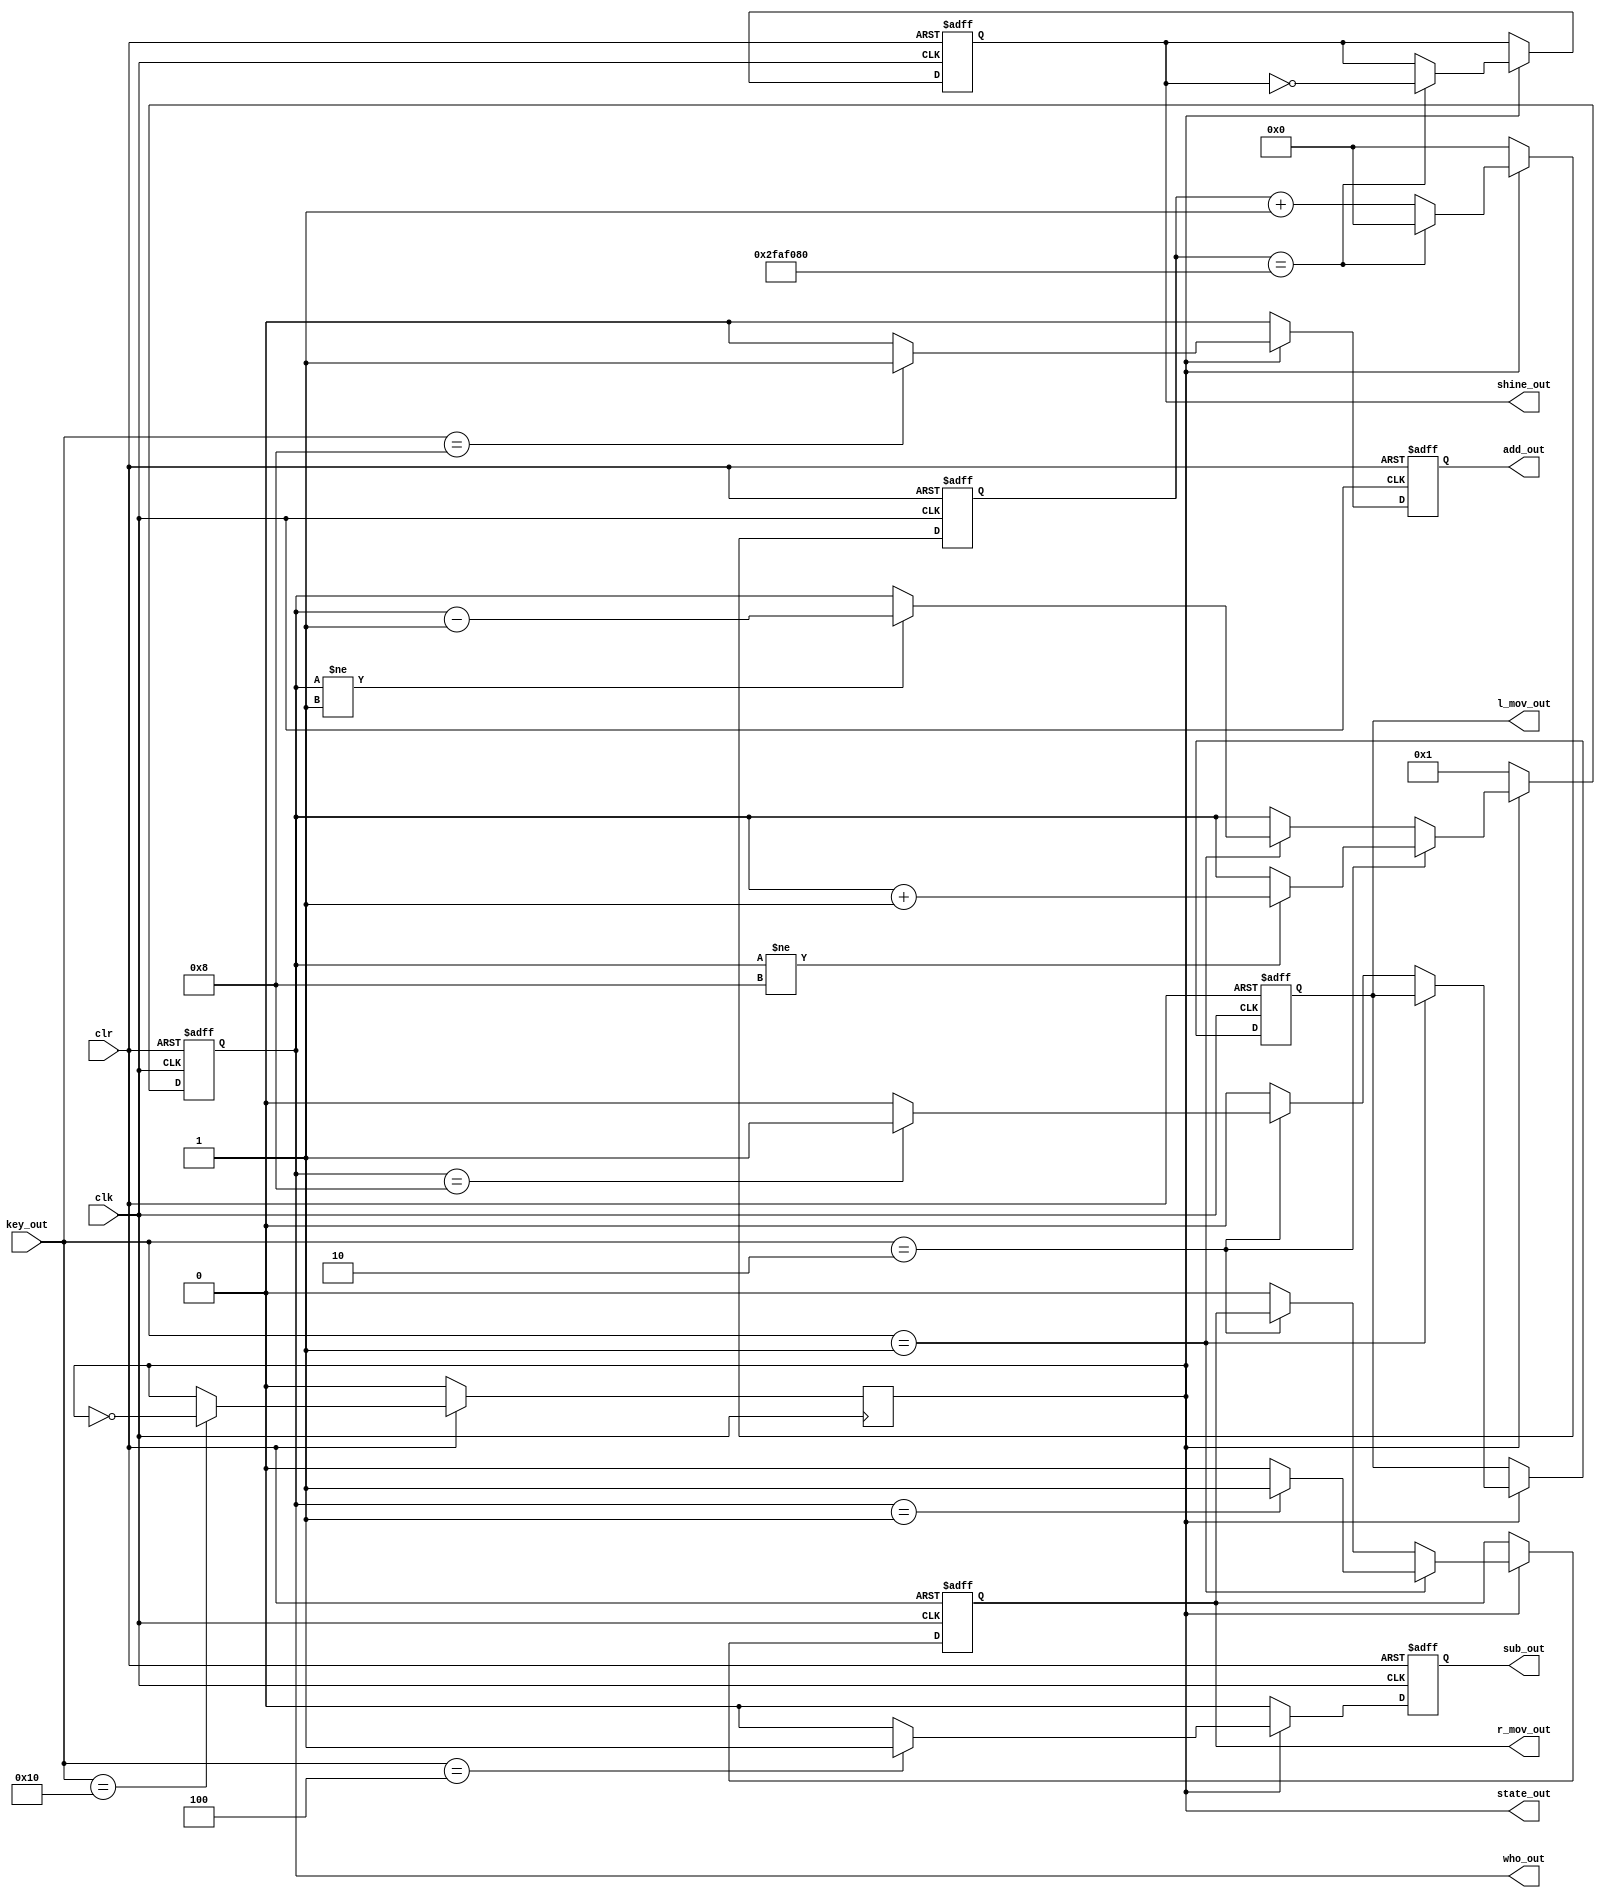
`timescale 1ns / 1ps
//////////////////////////////////////////////////////////////////////////////////
// Company: 
// Engineer: 
// 
// Design Name: 
// Module Name: Control
// Project Name: 
// Target Devices: 
// Tool Versions: 
// Description: 
// 
// Dependencies: 
// 
// Revision:
// Revision 0.01 - File Created
// Additional Comments:
// 
//////////////////////////////////////////////////////////////////////////////////


module Control(
    input clk,
    input clr,
    input [4:0]key_out,
    output state_out,
    output shine_out,
    output r_mov_out,
    output l_mov_out,
    output [3:0]who_out,
    output add_out,
    output sub_out
    );
    reg state, shine, r_mov, l_mov, add, sub;
    reg [3:0]who;
    reg [25:0]cnt_s;
   
    always@(posedge clk) begin
        if (!clr) begin
            state <= 0;
        end else if (key_out == 16)
            state <= ~state;
        else state <= state;
    end
    
    always@(posedge clk or negedge clr) begin
        if (!clr) begin
            who <= 0;
        end
        else if (state == 1) begin
            if (key_out == 2) begin
                if (who != 8)
                    who <= who + 1;
                else
                    who <= who;
            end else if (key_out == 1) begin
                if (who != 1) begin
                    who <= who - 1;
                end else begin
                    who <= who;
                end
            end
        end else 
            who <= 1;
        end
        
        always@(posedge clk or negedge clr) begin
            if (!clr) begin
                shine <= 0;
                cnt_s <= 0;
            end
            else if (state == 1) 
            begin
                if (cnt_s == 26'd50000000) 
                begin
                    cnt_s <= 0;
                    shine <= ~shine;
                end 
                else 
                    cnt_s <= cnt_s + 1;
             end 
             else 
                cnt_s <= 0;
        end
        
        always@(posedge clk or negedge clr) begin
            if (!clr) begin
                r_mov <= 0;
                l_mov <= 0;
            end
        else if (state == 1) begin
            if (key_out == 1) begin
                if (who == 1) begin
                    r_mov <= 1;
                end else 
                    r_mov <= 0;
            end else if (key_out == 2)  begin
                if (who == 8) begin
                    l_mov <= 1;
                end else 
                    l_mov <= 0;
            end else begin
                l_mov <= 0;
                r_mov <= 0;
            end
        end
        end
       
       always@(posedge clk or negedge clr) begin
        if (!clr) begin
            sub <= 0;
            add <= 0;
        end
        else if (state == 1) begin
            if (key_out == 4)
                sub <= 1;
            else 
                sub <= 0;
            if (key_out == 8)
                add <= 1;
            else 
                add <= 0;
        end else begin
            add <= 0;
            sub <= 0;
        end    
        end
        
       assign add_out = add;
       assign sub_out = sub;
       assign who_out = who;
       assign state_out = state;
       assign l_mov_out = l_mov;
       assign r_mov_out = r_mov;
       assign shine_out = shine;
endmodule